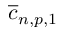
\overline { { c } } _ { { n , p , 1 } }